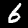
Label: 6